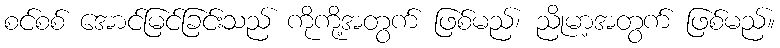
စင်စစ် အောင်မြင်ခြင်းသည် ကိုကို့အတွက် ဖြစ်မည်၊ ညိုမာ့အတွက် ဖြစ်မည်။